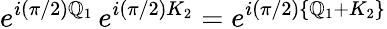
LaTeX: e^{i(\pi/2)\mathbb{Q}_{1}}\, e^{i(\pi/2)K_{2}}=e^{i(\pi/2)\{ \mathbb{Q}_{1}+K_{2}\} }